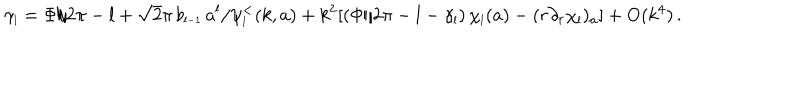
LaTeX: \gamma _ { \scriptscriptstyle { l } } = \Phi / 2 \pi - l + \sqrt 2 \pi \, b _ { \scriptscriptstyle { l - 1 } } \, a ^ { l } / \psi _ { \scriptscriptstyle { l } } ^ { < } ( k , a ) + k ^ { 2 } [ ( \Phi / 2 \pi - l - \gamma _ { \scriptscriptstyle { l } } ) \, \chi _ { \scriptscriptstyle { l } } ( a ) - ( r \partial _ { r } \chi _ { \scriptscriptstyle { l } } ) _ { a } ] + \mathrm { O } ( k ^ { 4 } ) \, .